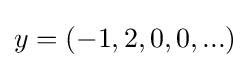
y=(-1,2,0,0,...)